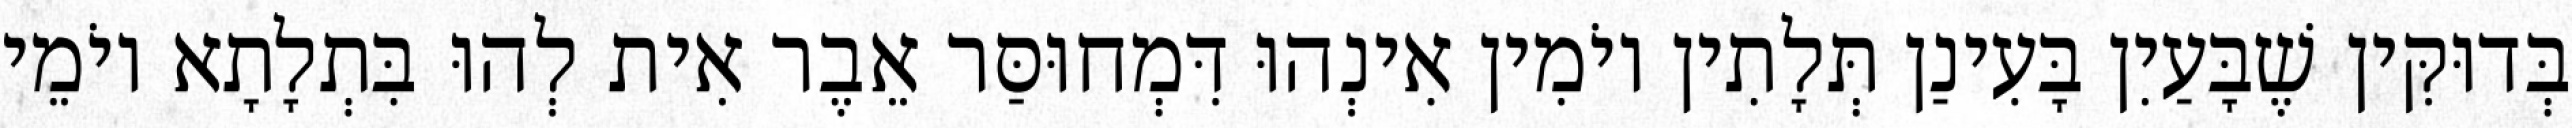
בְּדוּקִּין שֶׁבָּעַיִן בָּעִינַן תְּלָתִין יוֹמִין אִינְהוּ דִּמְחוּסַּר אֵבֶר אִית לְהוּ בִּתְלָתָא יוֹמֵי